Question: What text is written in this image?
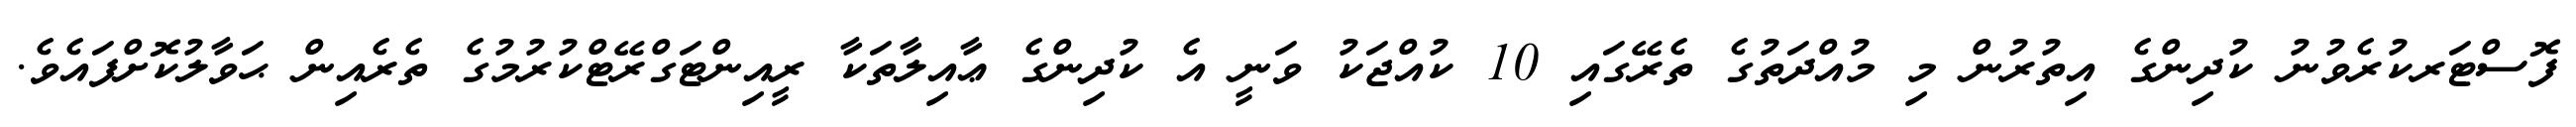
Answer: ފޮސްޓަރކުރެވުނު ކުދިންގެ އިތުރުން މި މުއްދަތުގެ ތެރޭގައި 10 ކުއްޖަކު ވަނީ އެ ކުދިންގެ ޢާއިލާތަކާ ރީއިންޓަގްރޭޓްކުރުމުގެ ތެރެއިން ޙަވާލުކޮށްފައެވެ.